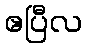
ဧပြီလ